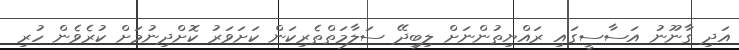
އަދި ގާނޫނު އަސާސީގައި ރައްޔިތުންނަށް ލިބިދޭ ސަލާމަތްތެރިކަން ކަށަވަރު ކޮށްދިނުމަށް ކުރެވެން ހުރި